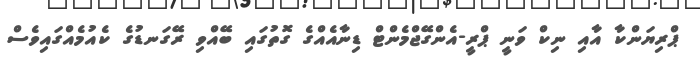
ޕްރިޔަންކާ އާއި ނިކް ވަނީ ޕްރީ-އެންގޭޖްމެންޓް ޑިނާއެއްގެ ގޮތުގައި ބޭއްވި ރޭގަނޑުގެ ކެއުމެއްގައިވެސް